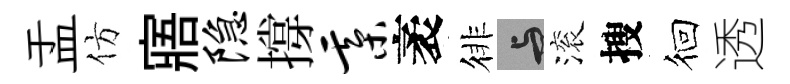
盂仿寤隐撐綦袤徘与滚搜徊透